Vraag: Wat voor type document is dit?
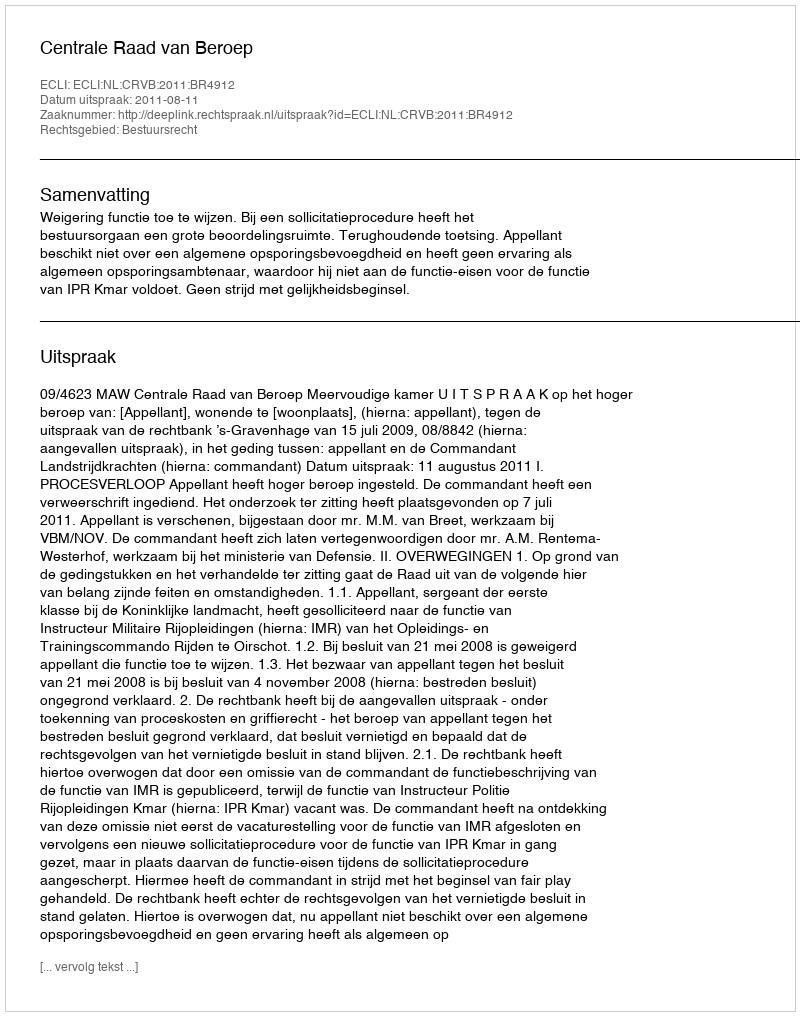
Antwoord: Uitspraak